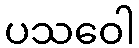
ပသဝေါ